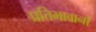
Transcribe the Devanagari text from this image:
प्रतिभावानों